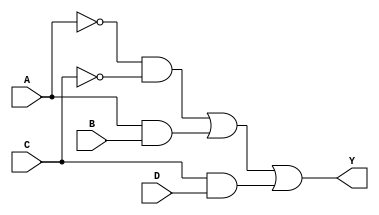
module kmap_4variable (
    input wire A,    // Input A
    input wire B,    // Input B
    input wire C,    // Input C
    input wire D,    // Input D
    output wire Y    // Output Y
);

// Simplified Boolean expression: Y = A'C' + AB + CD
assign Y = (~A & ~C) | (A & B) | (C & D);

endmodule